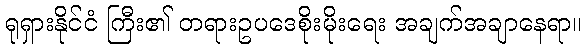
ရုရှားနိုင်ငံ ကြီး၏ တရားဥပဒေစိုးမိုးရေး အချက်အချာနေရာ။